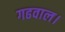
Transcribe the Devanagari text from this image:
गढवाल।